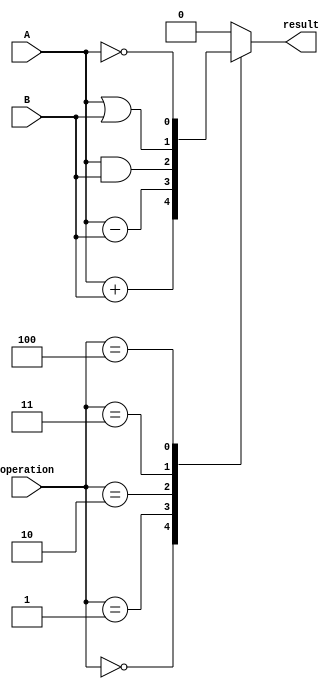
module ALU (
    input [0:0] A, B, //input operands
    input [2:0] operation, //control inputs for selecting operation
    output [0:0] result //output result of the selected operation
);
    reg [0:0] result; //register to store the result
    
    always @* begin
        case(operation)
            3'b000: result = A + B; //addition
            3'b001: result = A - B; //subtraction
            3'b010: result = A & B; //AND operation
            3'b011: result = A | B; //OR operation
            3'b100: result = ~A; //NOT operation
            default: result = 1'b0; //default case
        endcase
    end
    
endmodule